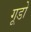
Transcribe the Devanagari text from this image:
गूडो